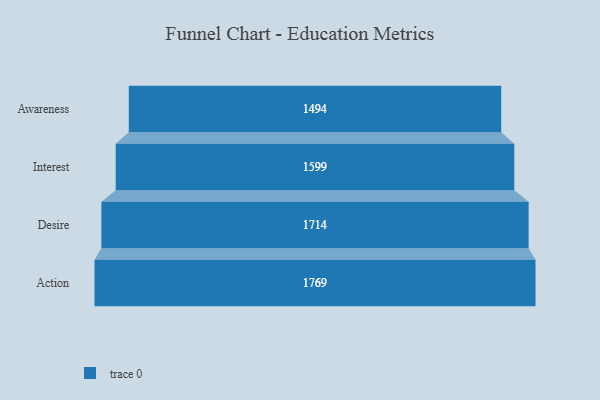
{"axis": {"x": "Stage", "y": "Value"}, "legend": [""], "data": [{"x": "Awareness", "y": 1494.0, "type": ""}, {"x": "Interest", "y": 1599.0, "type": ""}, {"x": "Desire", "y": 1714.0, "type": ""}, {"x": "Action", "y": 1769.0, "type": ""}]}